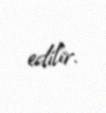
edilir.